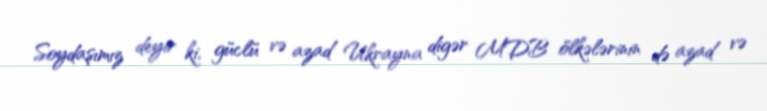
Soydaşımız deyir ki, güclü və azad Ukrayna digər MDB ölkələrinin də azad və